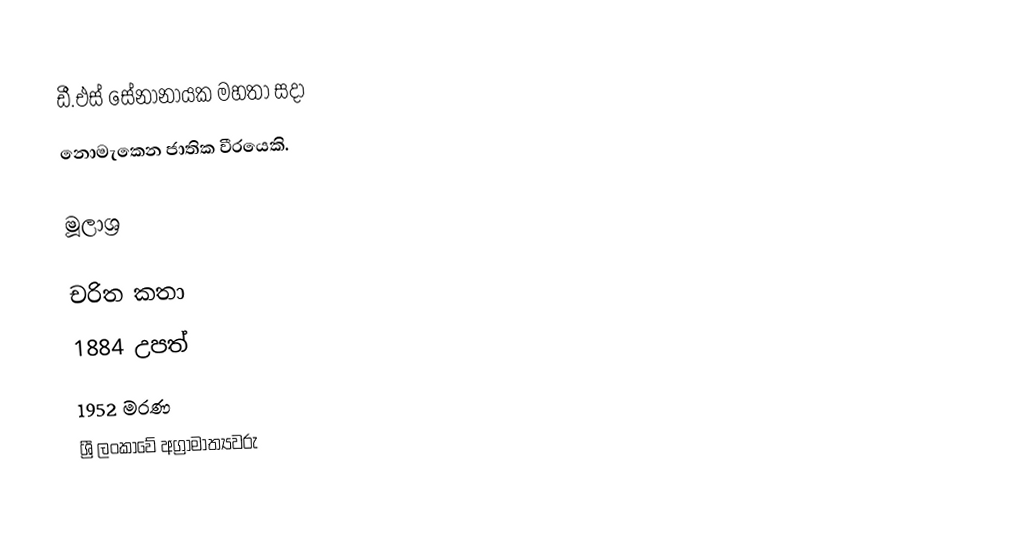
ඩී.එස් සේනානායක මහතා සදා
නොමැකෙන ජාතික වීරයෙකි.

මූලාශ්‍ර

චරිත කතා
1884 උපත්
1952 මරණ
ශ්‍රී ලංකාවේ අග්‍රාමාත්‍යවරු